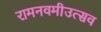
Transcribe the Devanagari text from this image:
रामनवमीउत्सव